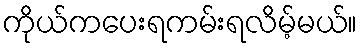
ကိုယ်ကပေးရကမ်းရလိမ့်မယ်။